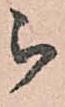
被